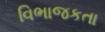
વિભાજકતા